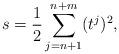
LaTeX: \begin{align*}s=\frac{1}{2}\sum_{j=n+1}^{n+m}(t^j)^2,\end{align*}